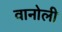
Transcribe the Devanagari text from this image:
वानोली